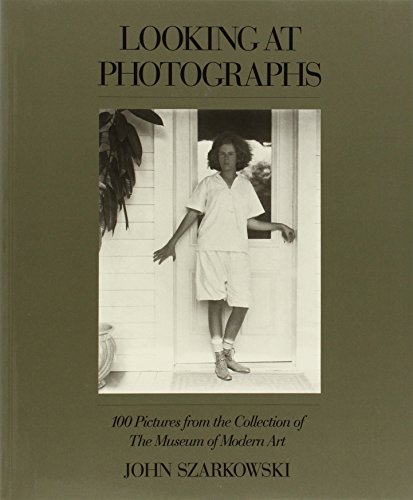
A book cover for Looking at Photographs: 100 Pictures from the Collection of The Museum of Modern Art; John Szarkowski; Arts & Photography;